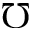
\mho